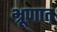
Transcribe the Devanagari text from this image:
भ्रूणात